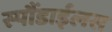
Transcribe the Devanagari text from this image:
स्पौंडाईलस